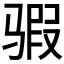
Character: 𱅞